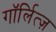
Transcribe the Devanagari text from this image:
गॉर्लित्ज़